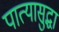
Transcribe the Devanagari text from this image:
पात्यासुद्धा